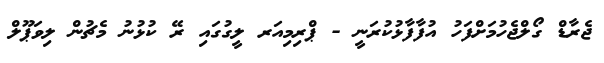
ޖެރާޑް ގޯލްޖެހުމަށްފަހު އުފާފާޅުކުރަނީ - ޕްރިމިއަރ ލީގުގައި ރޭ ކުޅުނު މެޗުން ލިވަޕޫލް